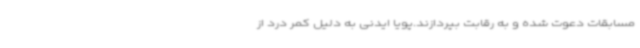
مسابقات دعوت شده و به رقابت بپردازند.پویا ایدنی به دلیل کمر درد از